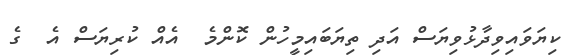
ކިޔަވައިވިދާޅުވިޔަސް އަދި ތިޔަބައިމީހުން ކޮންމެ  އެއް ކުރިޔަސް އެ  ގެ